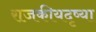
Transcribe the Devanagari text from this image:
राजकीयदृष्या